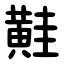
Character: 黊